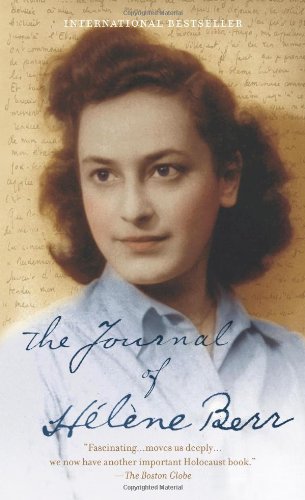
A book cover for The Journal of Helene Berr; HÃ©lÃ¨ne Berr; Biographies & Memoirs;